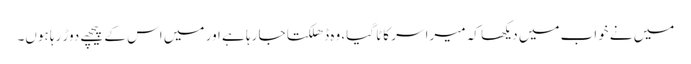
میں نے خواب میں دیکھا کہ میرا سر کاٹا گیا، وہ ڈھلکتا جا رہا ہے اور میں اس کے پیچھے دوڑ رہا ہوں۔